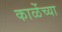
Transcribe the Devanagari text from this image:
काळेंच्या